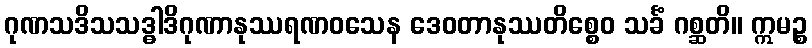
ဂုဏသဒိသသဒ္ဓါဒိဂုဏာနုဿရဏဝသေန ဒေဝတာနုဿတိစ္စေဝ သင်္ခံ ဂစ္ဆတိ။ ဣမဉ္စ